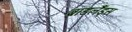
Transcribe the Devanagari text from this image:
ब्रॉडलैंड्स